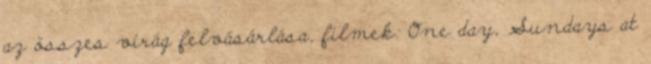
az összes virág felvásárlása, filmek: One day, Sundays at